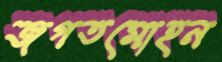
জগতমোহন